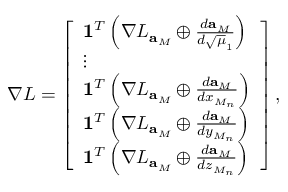
\nabla L = \left[ \begin{array} { l } { \mathbf { 1 } ^ { T } \left( \nabla L _ { \mathbf { a } _ { M } } \oplus \frac { d \mathbf { a } _ { M } } { d \sqrt { \mu } _ { 1 } } \right) } \\ { \vdots } \\ { \mathbf { 1 } ^ { T } \left( \nabla L _ { \mathbf { a } _ { M } } \oplus \frac { d \mathbf { a } _ { M } } { d x _ { M _ { n } } } \right) } \\ { \mathbf { 1 } ^ { T } \left( \nabla L _ { \mathbf { a } _ { M } } \oplus \frac { d \mathbf { a } _ { M } } { d y _ { M _ { n } } } \right) } \\ { \mathbf { 1 } ^ { T } \left( \nabla L _ { \mathbf { a } _ { M } } \oplus \frac { d \mathbf { a } _ { M } } { d z _ { M _ { n } } } \right) } \end{array} \right] ,